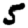
Digit: 5